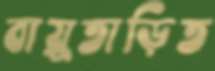
বায়ুতাড়িত